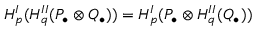
H _ { p } ^ { I } ( H _ { q } ^ { I I } ( P _ { \bullet } \otimes Q _ { \bullet } ) ) = H _ { p } ^ { I } ( P _ { \bullet } \otimes H _ { q } ^ { I I } ( Q _ { \bullet } ) )